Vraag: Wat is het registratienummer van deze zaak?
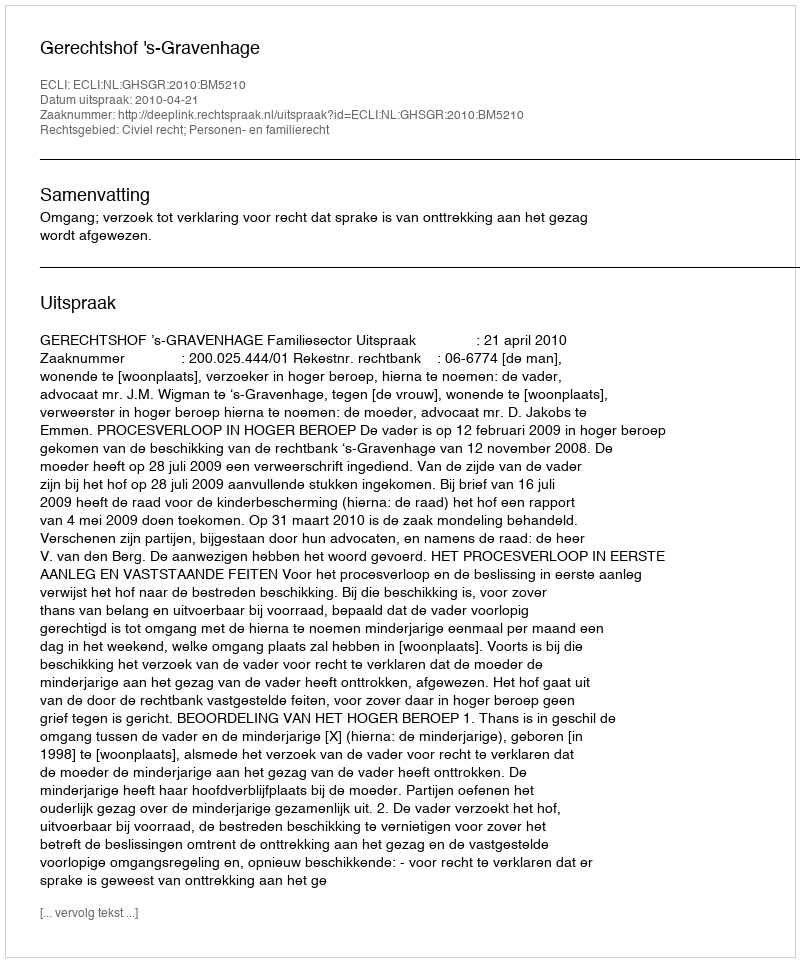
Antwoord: http://deeplink.rechtspraak.nl/uitspraak?id=ECLI:NL:GHSGR:2010:BM5210